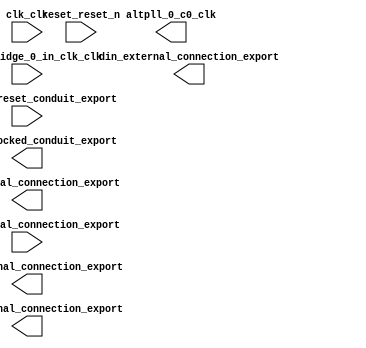

module processor (
	bb_we_external_connection_export,
	din_external_connection_export,
	done_external_connection_export,
	reset_reset_n,
	swap_external_connection_export,
	waddr_external_connection_export,
	clk_clk,
	altpll_0_c0_clk,
	clock_bridge_0_in_clk_clk,
	altpll_0_areset_conduit_export,
	altpll_0_locked_conduit_export);	

	output		bb_we_external_connection_export;
	output	[31:0]	din_external_connection_export;
	output		done_external_connection_export;
	input		reset_reset_n;
	input		swap_external_connection_export;
	output	[31:0]	waddr_external_connection_export;
	input		clk_clk;
	output		altpll_0_c0_clk;
	input		clock_bridge_0_in_clk_clk;
	input		altpll_0_areset_conduit_export;
	output		altpll_0_locked_conduit_export;
endmodule